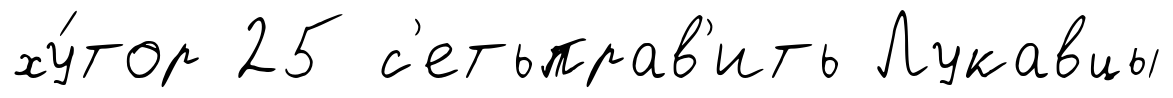
ху́тор 25 с'етьправ'ить Лукавцы